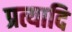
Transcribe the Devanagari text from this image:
प्रत्यादि